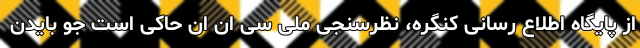
از پایگاه اطلاع رسانی کنگره، نظرسنجی ملی سی ان ان حاکی است جو بایدن